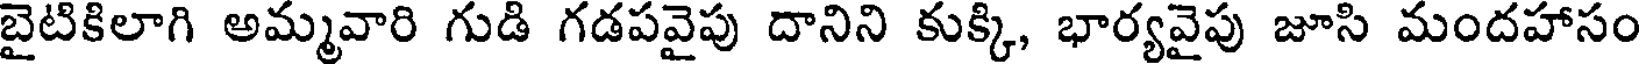
బైటికిలాగి అమ్మవారి గుడి గడపవైపు దానిని కుక్కి, భార్యవైపు జూసి మందహాసం